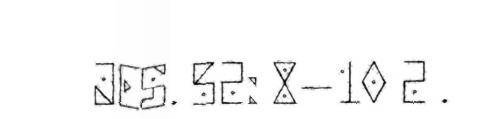
JES. 52: 8–10 2 .